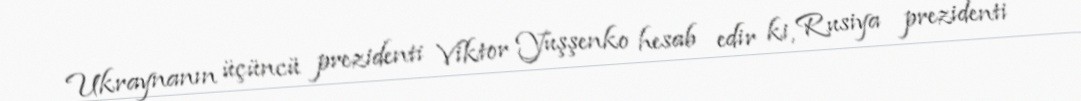
Ukraynanın üçüncü prezidenti Viktor Yuşşenko hesab edir ki, Rusiya prezidenti